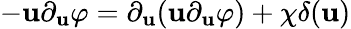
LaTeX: -\mathbf{u}\partial_{\mathbf{u}}\varphi=\partial_{\mathbf{u}}(\mathbf{u}\partial_{\mathbf{u}}\varphi)+\chi\delta(\mathbf{u})